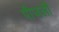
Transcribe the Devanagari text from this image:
पीजली